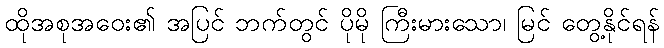
ထိုအစုအဝေး၏ အပြင် ဘက်တွင် ပိုမို ကြီးမားသော၊ မြင် တွေ့နိုင်ရန်